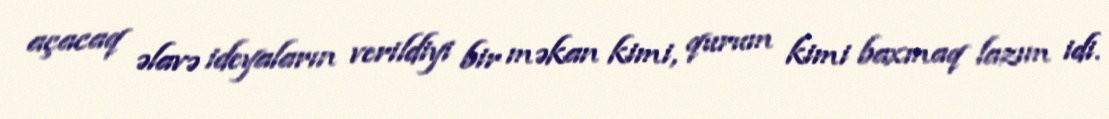
açacaq əlavə ideyaların verildiyi bir məkan kimi, qurum kimi baxmaq lazım idi.